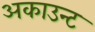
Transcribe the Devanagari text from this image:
अकाउन्ट